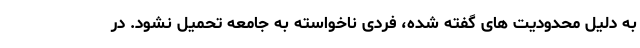
به دلیل محدودیت های گفته شده، فردی ناخواسته به جامعه تحمیل نشود. در